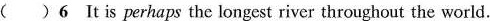
( )6 It is perhaps the longest river throughout the world.